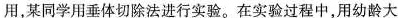
用，某同学用垂体切除法进行实验。在实验过程中，用幼龄大